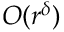
O ( r ^ { \delta } )